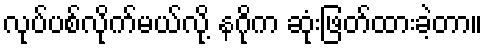
လုပ်ပစ်လိုက်မယ်လို့ နဂိုက ဆုံးဖြတ်ထားခဲ့တာ။